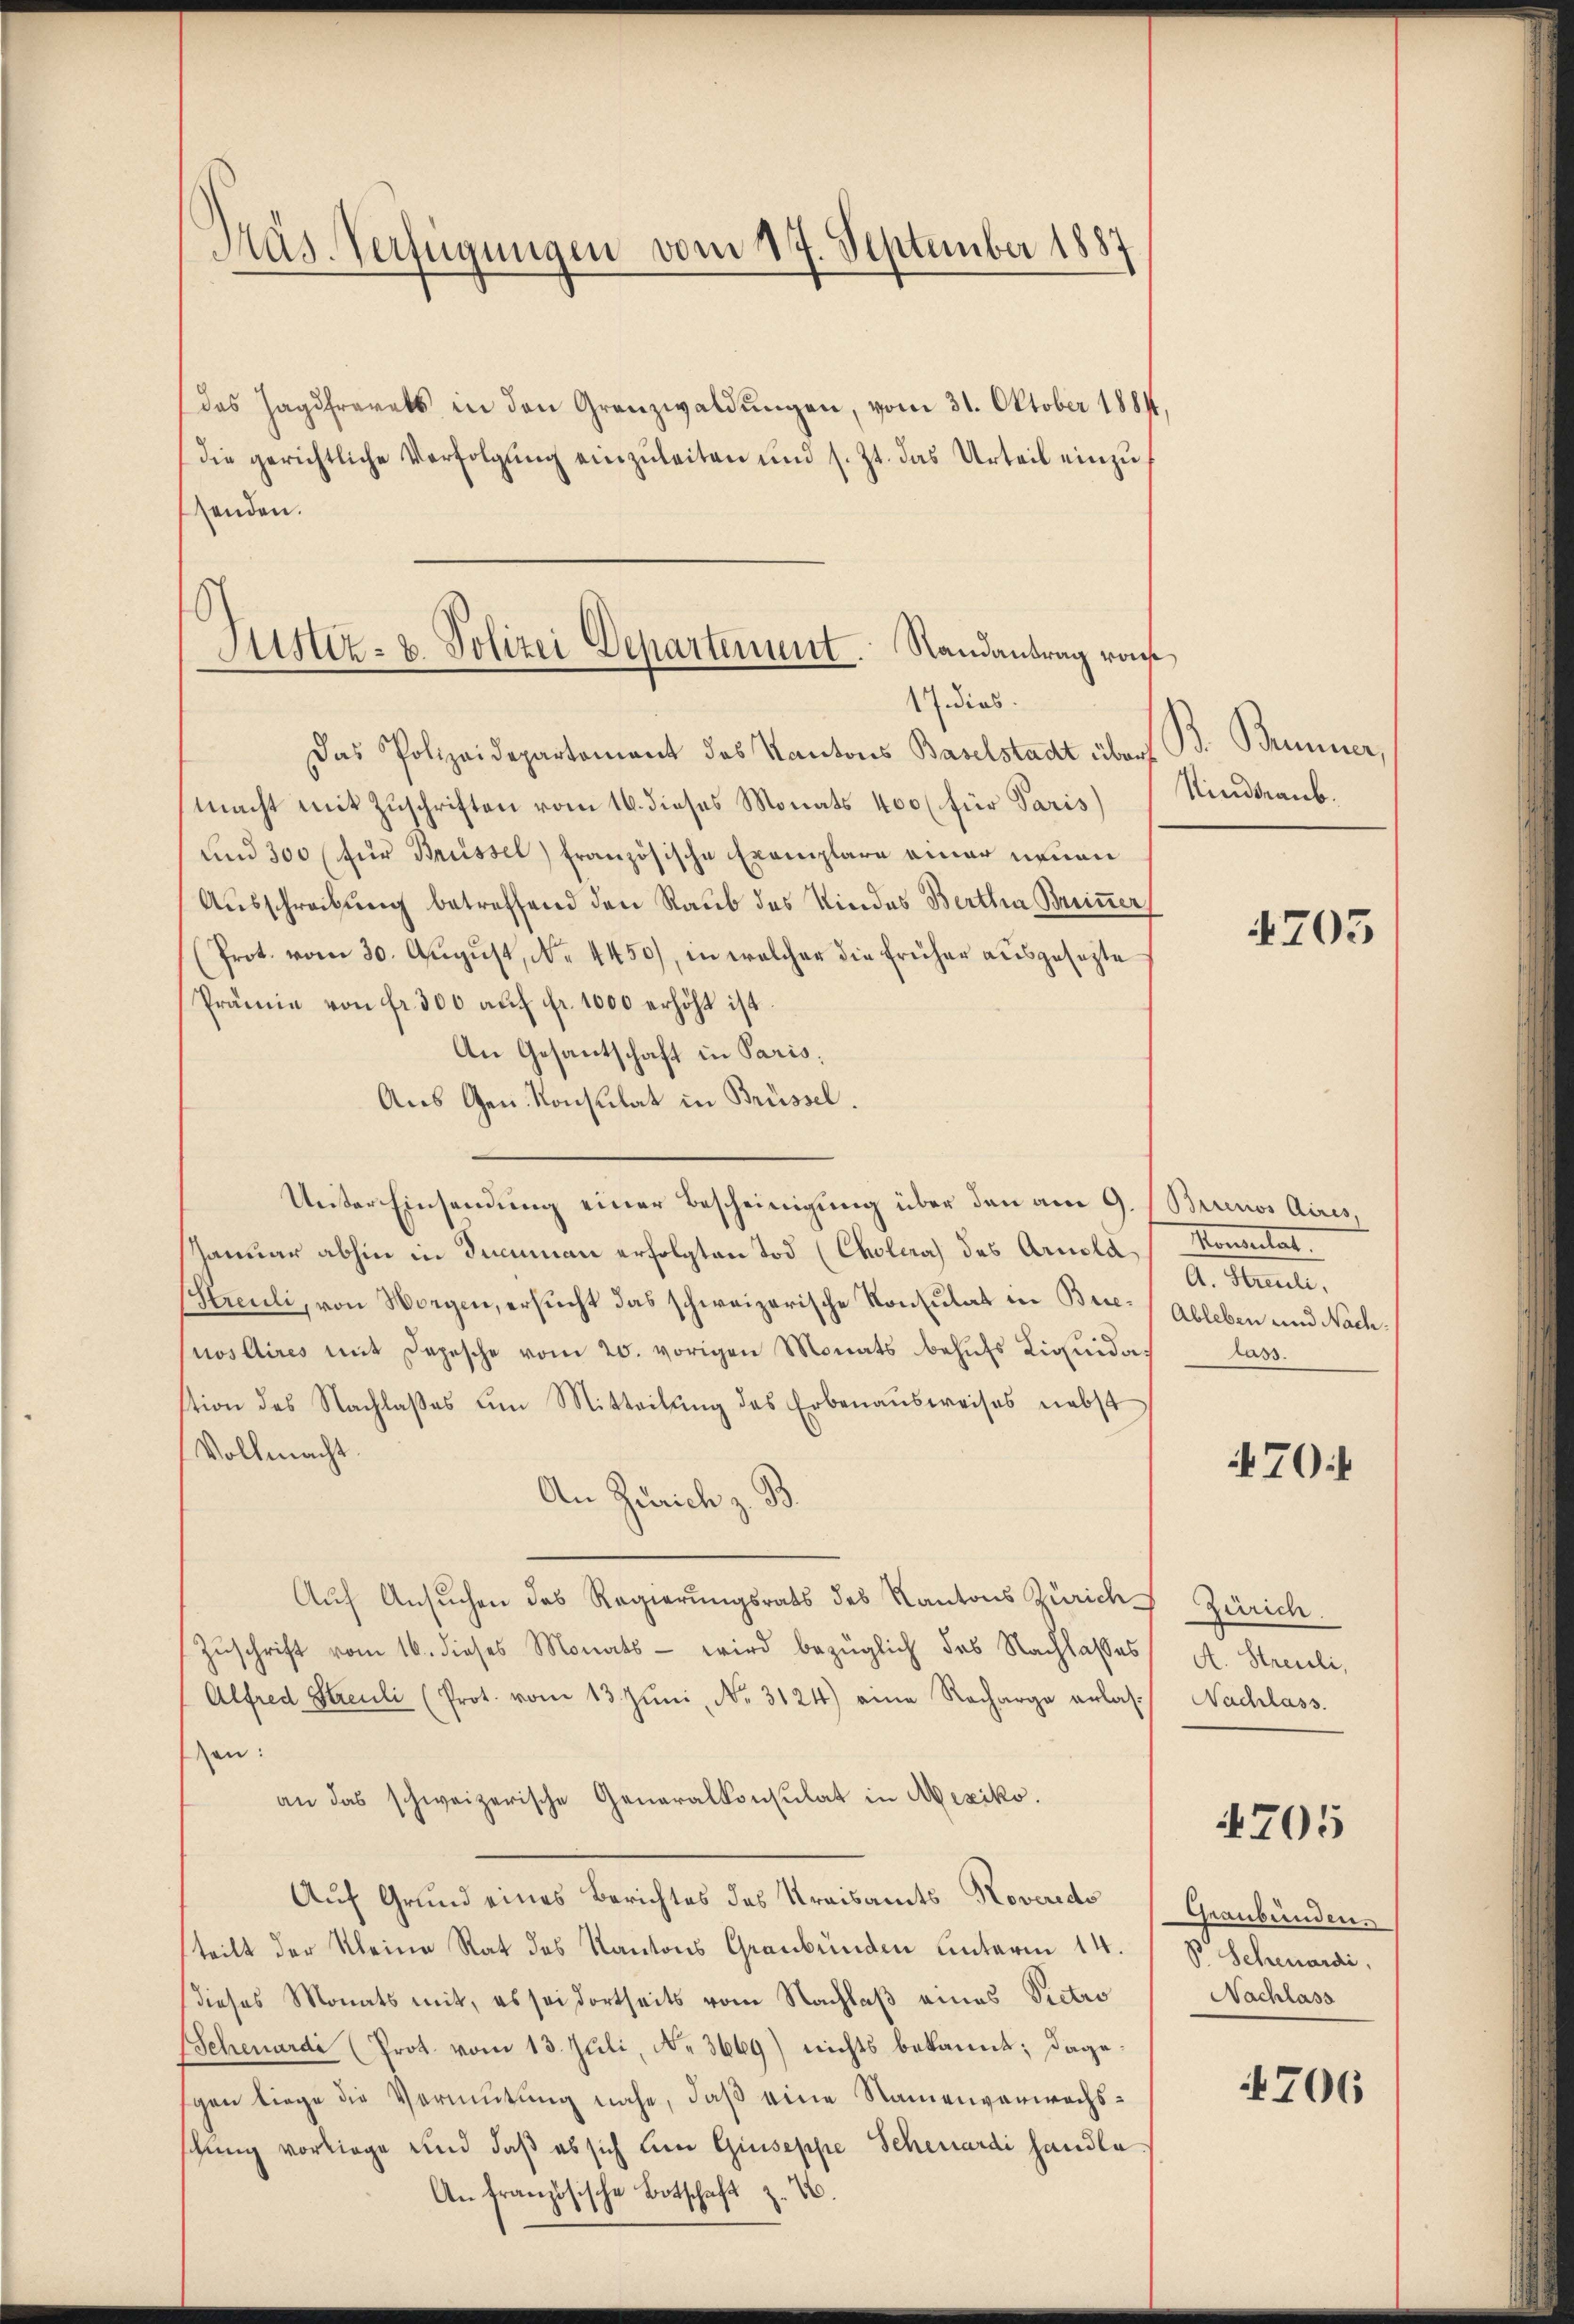
Präs. Verfügungen vom 17. September 1887

Justiz- u. Polizei Departement. Randantrag von
17 dies

das Jagdfrevets in den Granzwaldungen, vom 31. Oktober 1881,
(die gerichtliche Verfolgŭng einzŭleiten und s. Zt. das Urteil einzŭ
senden.
Das Polizeidepartement des Kantons Baselstadt über
macht mit Zuschriften vom 16. dieses Monats 400 (für Paris
und 300 (für Brüssel) französische Exemplare einer neuen
Ausschreibung betreffend den Raub des Kindes Bertha Breiner
Prot. vom 30. Aŭgŭst, No. 4450), in welcher die früher aŭsgesezte
Prämie von fr. 300 aŭf fr. 1000 erhöht ist.
An Gesantschaft in Paris;
Aus Gen. Konsulat in Brüssel.
Unter Einsendung einer Bescheinigung über den am 9. (Buenos Aires,
d
Januar abhin in dummen erfolgten Tod (Cholera des Arnold,
Sleeli, von Worgen, ersucht das schweizerische Konsulat in Brie- (Ableben und Nachnos Aires mit Depesche vom 20. vorigen Monats behufs Liquidation des Nachlaβes um Mitteilŭng des Erbenaŭsweises nebst
Vollmacht.
An Zürich z. B.
Auf Ansuchen das Regierungsrats des Kantons Zürich
Zuschrift vom 16. dieses Monats - wird bezüglich des Nachlasses
Alfred Streuli (Prot. vom 13. Jŭni, No. 3124) eine Recharge erlasen:
an das schweizerische Generalkonsulat in Mexiko.
Auf Grund eines Berichtes des Kreisamts Roveredo
teilt der Kleine Rat des Kantons Graubünden unterm 14.
dieses Monats mit, es sei dortseits vom Nachlaß eines Victio
(Schenardi (Prot. vom 13. Juli, N. 3669) nichts bekannt; dagegen liege die Vermutung nahe, daß eine Namenverwachsschung vorliege und daß es sich ein Giuseppe Schenardi handle.
An französische Botschaft z. B.

B. Bauer,
Kinderaub.

4705

Mondertat
A. Strauli.
Aass.

70:

Zürich.
A. Streuli,
Nachlass.

4705

Geanbunden.
v Schenardi,
Nachlass

706